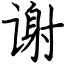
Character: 谢